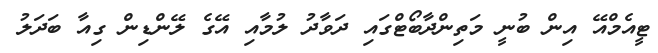
ޓީއެމްއޭ އިން ބުނީ މަތިންދާބޯޓްގައި ދަވާދު ލުމާއި އޭގެ ލޭންޑިން ގިއާ ބަދަލު